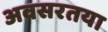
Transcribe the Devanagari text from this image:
अवसरतया